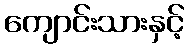
ကျောင်းသားနှင့်